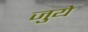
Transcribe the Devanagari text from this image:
जुये